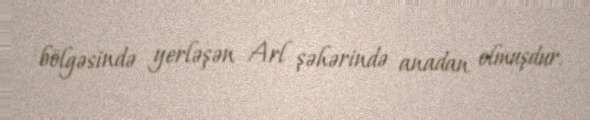
bölgəsində yerləşən Arl şəhərində anadan olmuşdur.